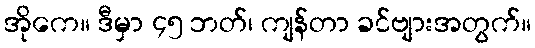
အိုကေ။ ဒီမှာ ၄၅ ဘတ်၊ ကျန်တာ ခင်ဗျားအတွက်။